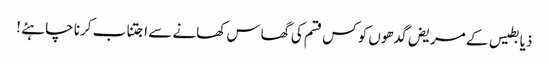
ذیابطیس کے مریض گدھوں کو کس قسم کی گھاس کھانے سے اجتناب کرنا چاہئے !